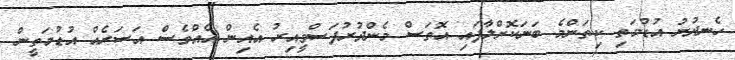
ހެނދުނު އުޑުމަތި ކިތަންމެ ބަނަކޮށްލާފައި އޮތަސް މެންދުރުފަސްވީއިރު އެއިން އެއްވެސް އަސަރެއް އުޑުމަތީން